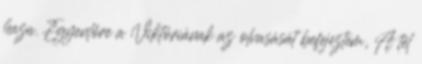
haza. Egyenlőre a Viktóriának az olvasását befejeztem, A tél